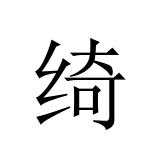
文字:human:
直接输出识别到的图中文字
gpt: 绮